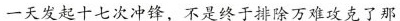
一天发起十七次冲锋，不是终于排除万难攻克了那